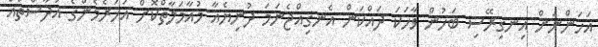
އަހަންނަށް އިނގިރޭސި ބަހުން ވާހަކަ ދައްކަން އެނގިއްޖެނަމަ ދުނިޔެއާ މުއާމަލާތްކޮށް އަހަރެމެންގެ އުދާސްތައް